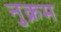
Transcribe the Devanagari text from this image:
नुक्रम